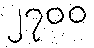
၂၇၀၀